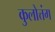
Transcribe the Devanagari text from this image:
कुलोत्तंग